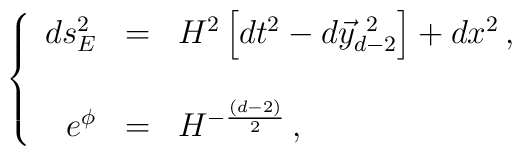
\left\{\begin{array}{rcl}ds^{2}_{E} & = & H^{2} \left[ dt^{2} -d\vec{y}^{\ 2}_{d-2}\right] +dx^{2}\, ,\\& & \\e^{\phi} & = & H^{-\frac{(d-2)}{2}}\, ,\\\end{array}\right.